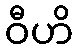
ဝီဟိ